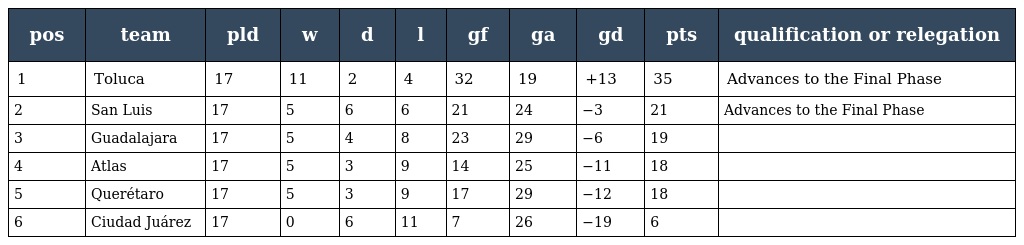
| pos | team | pld | w | d | l | gf | ga | gd | pts | qualification or relegation |
 | --- | --- | --- | --- | --- | --- | --- | --- | --- | --- | --- |
 | 1 | Toluca | 17 | 11 | 2 | 4 | 32 | 19 | +13 | 35 | Advances to the Final Phase |
 | 2 | San Luis | 17 | 5 | 6 | 6 | 21 | 24 | −3 | 21 | Advances to the Final Phase |
 | 3 | Guadalajara | 17 | 5 | 4 | 8 | 23 | 29 | −6 | 19 |  |
 | 4 | Atlas | 17 | 5 | 3 | 9 | 14 | 25 | −11 | 18 |  |
 | 5 | Querétaro | 17 | 5 | 3 | 9 | 17 | 29 | −12 | 18 |  |
 | 6 | Ciudad Juárez | 17 | 0 | 6 | 11 | 7 | 26 | −19 | 6 |  |